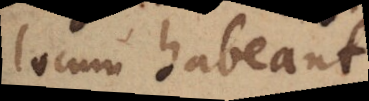
locum habeant